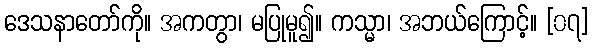
ဒေသနာတော်ကို။ အကတွာ၊ မပြုမူ၍။ ကသ္မာ၊ အဘယ်ကြောင့်။ [၀၇]